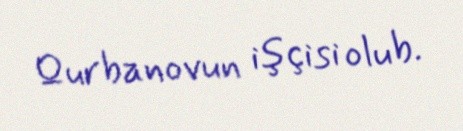
Qurbanovun işçisi olub.